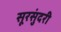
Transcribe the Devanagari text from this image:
सूरसुंदरी